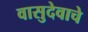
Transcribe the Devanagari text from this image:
वासुदेवाचे